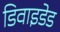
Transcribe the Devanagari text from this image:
डिवाइडेड